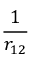
\frac { 1 } { r _ { 1 2 } }